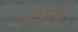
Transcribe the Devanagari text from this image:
।सुखदा